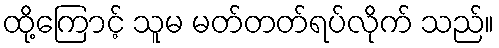
ထို့ကြောင့် သူမ မတ်တတ်ရပ်လိုက် သည်။